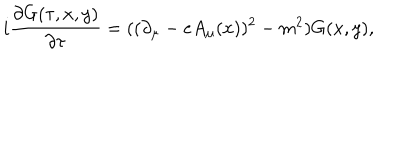
i \frac { \partial G ( \tau , x , y ) } { \partial \tau } = ( ( \partial _ { \mu } - e A _ { \mu } ( x ) ) ^ { 2 } - m ^ { 2 } ) G ( x , y ) ,